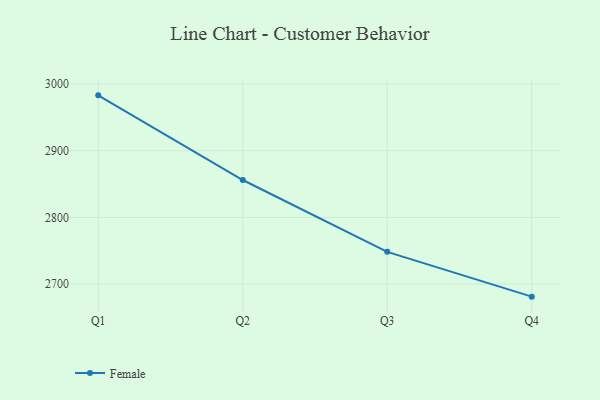
{"axis": {"x": "Quarter", "y": "Net Income (USD K)"}, "legend": ["Female"], "data": [{"x": "Q1", "y": 2983.1, "type": "Female"}, {"x": "Q2", "y": 2856.1, "type": "Female"}, {"x": "Q3", "y": 2748.3, "type": "Female"}, {"x": "Q4", "y": 2681.1, "type": "Female"}]}